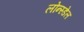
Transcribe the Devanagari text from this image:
लोन्स्डेल